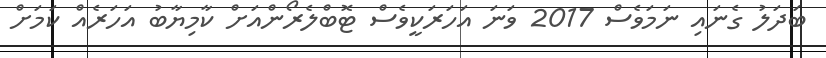
ބަދަލު ގެނައި ނަމަވެސް 2017 ވަނަ އަހަރަކީވެސް ޓޮބްލެރޯންއަށް ކާމިޔާބު އަހަރެއް ކަމަށް